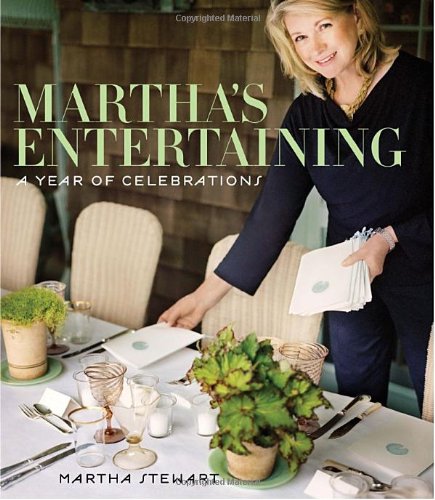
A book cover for Martha's Entertaining: A Year of Celebrations; Martha Stewart; Cookbooks, Food & Wine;